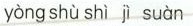
yòng shù shì jì suàn